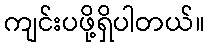
ကျင်းပဖို့ရှိပါတယ်။